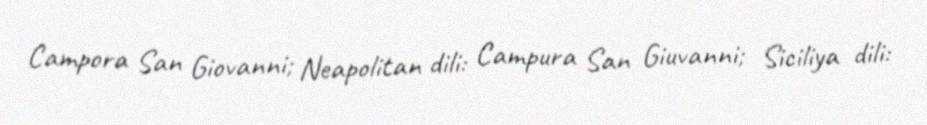
Campora San Giovanni; Neapolitan dili: Campura San Giuvanni; Siciliya dili: